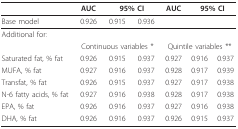
<table><thead><tr><td></td><td><b>AUC</b></td><td colspan="2"><b>95% CI</b></td><td><b>AUC</b></td><td colspan="2"><b>95% CI</b></td></tr></thead><tbody><tr><td>Base model</td><td>0.926</td><td>0.915</td><td>0.936</td><td></td><td></td><td></td></tr><tr><td colspan="2">Additional for:</td><td></td><td></td><td></td><td></td><td></td></tr><tr><td></td><td colspan="3">Continuous variables *</td><td colspan="3">Quintile variables **</td></tr><tr><td>Saturated fat, % fat</td><td>0.926</td><td>0.915</td><td>0.937</td><td>0.927</td><td>0.916</td><td>0.937</td></tr><tr><td>MUFA, % fat</td><td>0.927</td><td>0.916</td><td>0.937</td><td>0.928</td><td>0.917</td><td>0.939</td></tr><tr><td>Transfat, % fat</td><td>0.926</td><td>0.915</td><td>0.937</td><td>0.927</td><td>0.917</td><td>0.938</td></tr><tr><td>N-6 fatty acids, % fat</td><td>0.927</td><td>0.916</td><td>0.938</td><td>0.928</td><td>0.917</td><td>0.938</td></tr><tr><td>EPA, % fat</td><td>0.926</td><td>0.916</td><td>0.937</td><td>0.927</td><td>0.916</td><td>0.938</td></tr><tr><td>DHA, % fat</td><td>0.926</td><td>0.916</td><td>0.937</td><td>0.926</td><td>0.915</td><td>0.937</td></tr></tbody></table>